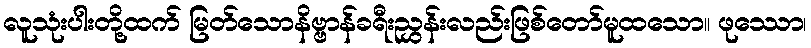
လူသုံးပါးတို့ထက် မြတ်သောနိဗ္ဗာန်ခရီးညွှန်းလည်းဖြစ်တော်မူထသော။ ဖုဿော၊